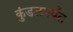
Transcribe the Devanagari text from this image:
कुंडलपर्यंत